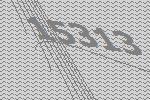
15313